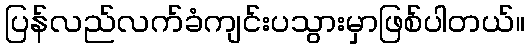
ပြန်လည်လက်ခံကျင်းပသွားမှာဖြစ်ပါတယ်။